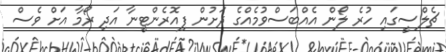
ޗެލްސީގައި ހުރެ ލޯން އެއްބަސްވުމެއްގެ ދަށުން ފިއޮރެންޓީނާ އަދި ރޯމާ އަށް ވެސް